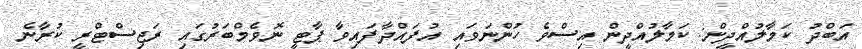
އަބްދު ކަމާލުއްދީން: ކަމާލުއްދީން އިސްވެ ހުންނަވައި އުފައްދާފައިވާ ޕާޓީ ނޮވެމްބަރުގައި ރަޖިސްޓްރީ ކުރާނެ